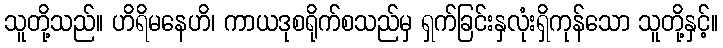
သူတို့သည်။ ဟိရိမနေဟိ၊ ကာယဒုစရိုက်စသည်မှ ရှက်ခြင်းနှလုံးရှိကုန်သော သူတို့နှင့်။